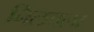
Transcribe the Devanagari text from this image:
निलचला